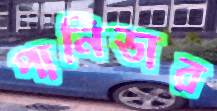
পানিডার